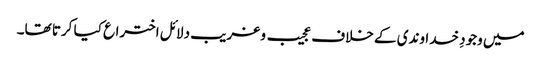
میں وجودِ خداوندی کے خلاف عجیب و غریب دلائل اختراع کیا کرتا تھا۔